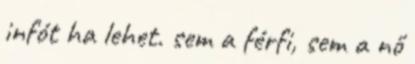
infót ha lehet. sem a férfi, sem a nő